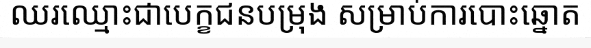
ឈរឈ្មោះជាបេក្ខជនបម្រុង សម្រាប់ការបោះឆ្នោត